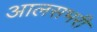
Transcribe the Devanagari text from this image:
आलसभरी